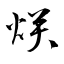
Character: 烪